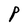
Character: P